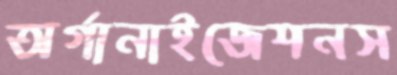
অর্গানাইজেশনস